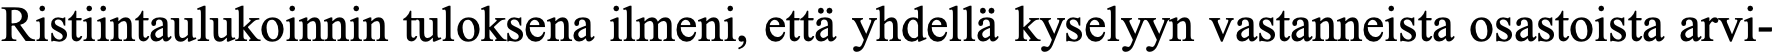
Ristiintaulukoinnin tuloksena ilmeni, että yhdellä kyselyyn vastanneista osastoista arvi-